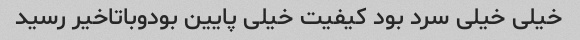
خیلی خیلی سرد بود کیفیت خیلی پایین بودوباتاخیر رسید